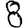
Digit: 8